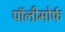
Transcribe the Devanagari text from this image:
पॉलीमोर्फ